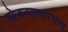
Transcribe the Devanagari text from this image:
भोजनसमारंभास